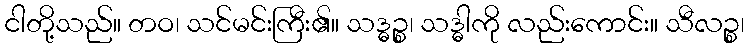
ငါတို့သည်။ တဝ၊ သင်မင်းကြီး၏။ သဒ္ဓဉ္စ၊ သဒ္ဓါကို လည်းကောင်း။ သီလဉ္စ၊